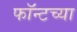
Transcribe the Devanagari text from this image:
फॉन्टच्या